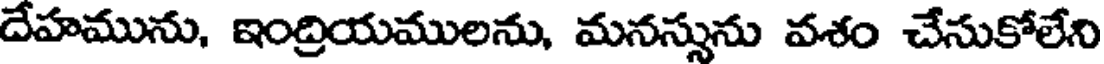
దేహమును, ఇంద్రియములను, మనస్సును వశం చేసుకోలేని